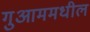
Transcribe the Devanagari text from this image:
गुआममधील